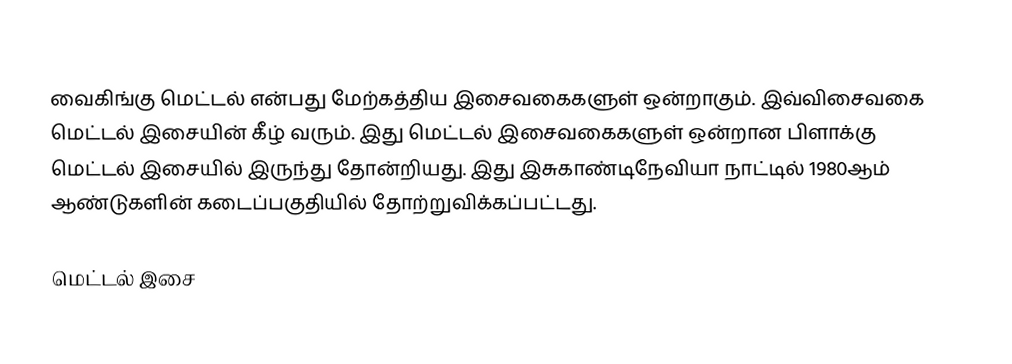
வைகிங்கு மெட்டல் என்பது மேற்கத்திய இசைவகைகளுள் ஒன்றாகும். இவ்விசைவகை மெட்டல் இசையின் கீழ் வரும். இது மெட்டல் இசைவகைகளுள் ஒன்றான பிளாக்கு மெட்டல் இசையில் இருந்து தோன்றியது. இது இசுகாண்டிநேவியா நாட்டில் 1980ஆம் ஆண்டுகளின் கடைப்பகுதியில் தோற்றுவிக்கப்பட்டது.

மெட்டல் இசை